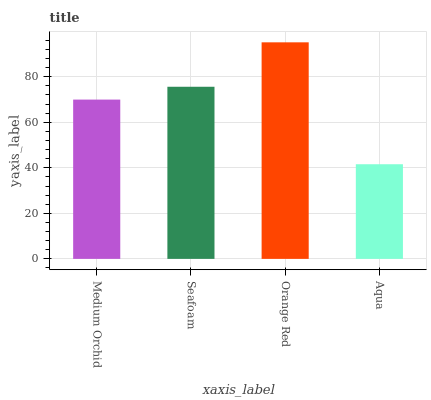
| xaxis_label | bars |
 | --- | --- |
 | Medium Orchid | 70 |
 | Seafoam | 75.6 |
 | Orange Red | 95.1 |
 | Aqua | 41.6 |